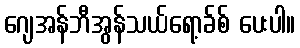
ဂျေအန်ဘီအွန်သယ်ရော့ခ်စ် ပေးပါ။